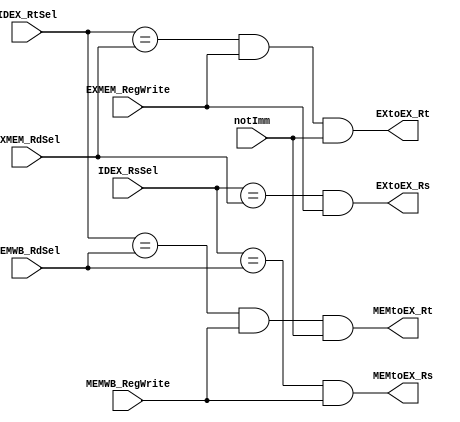
//forwarding unit for EX-EX forwarding and MEM-EX forwarding
module forwarding_unit(IDEX_RtSel, IDEX_RsSel, EXMEM_RdSel, MEMWB_RdSel, 
					 	 EXMEM_RegWrite, MEMWB_RegWrite, notImm, EXtoEX_Rs, 
					 	 EXtoEX_Rt, MEMtoEX_Rt, MEMtoEX_Rs);
	//Inputs
	input [2:0] IDEX_RtSel;
	input [2:0] IDEX_RsSel;
	input [2:0] EXMEM_RdSel;
	input [2:0] MEMWB_RdSel;
	input EXMEM_RegWrite;
	input MEMWB_RegWrite;
	//Rt is not reading (or it's a immediate) in the instruction. notImm is used to get rid of this situation.
	//for example: ld   $r1, 0($r2)
	//             addi $r1, $r2, 1
	//Similar situation can happen for jump or instruction.
	input notImm;
	//Outputs
	output EXtoEX_Rs;
	output EXtoEX_Rt;
	output MEMtoEX_Rt;
	output MEMtoEX_Rs;

	assign EXtoEX_Rt = (IDEX_RtSel == EXMEM_RdSel) & EXMEM_RegWrite & notImm; 
	assign EXtoEX_Rs = (IDEX_RsSel == EXMEM_RdSel) & EXMEM_RegWrite;
	assign MEMtoEX_Rt = (IDEX_RtSel == MEMWB_RdSel) & MEMWB_RegWrite & notImm;
	assign MEMtoEX_Rs = (IDEX_RsSel == MEMWB_RdSel) & MEMWB_RegWrite;
endmodule